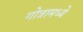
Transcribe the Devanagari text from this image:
गोत्रामध्ये